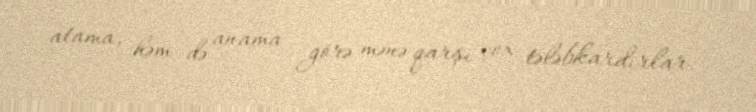
atama, həm də anama görə mənə qarşı çox tələbkardırlar.